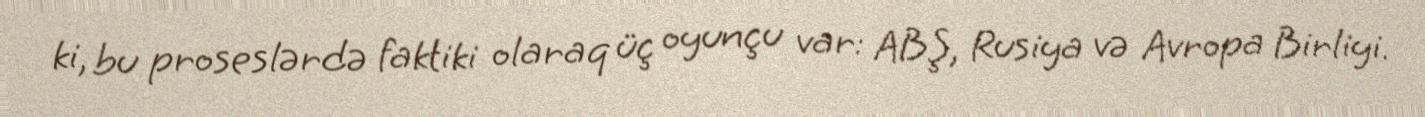
ki, bu proseslərdə faktiki olaraq üç oyunçu var: ABŞ, Rusiya və Avropa Birliyi.